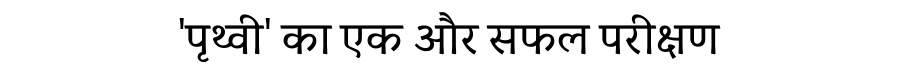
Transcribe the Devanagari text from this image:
'पृथ्वी' का एक और सफल परीक्षण